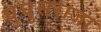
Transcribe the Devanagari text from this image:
घुघुसराजा